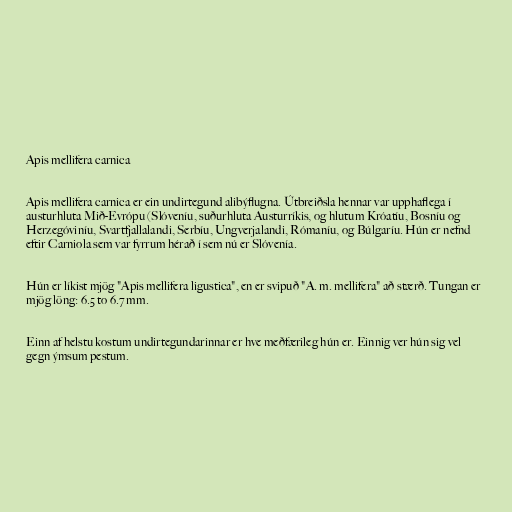
Apis mellifera carnica

Apis mellifera carnica er ein undirtegund alibýflugna. Útbreiðsla hennar var upphaflega í
austurhluta Mið-Evrópu (Slóveníu, suðurhluta Austurríkis, og hlutum Króatíu, Bosníu og
Herzegóviníu, Svartfjallalandi, Serbíu, Ungverjalandi, Rómaníu, og Búlgaríu. Hún er nefnd
eftir Carniola sem var fyrrum hérað í sem nú er Slóvenía.

Hún er líkist mjög "Apis mellifera ligustica", en er svipuð "A. m. mellifera" að stærð. Tungan er
mjög löng: 6.5 to 6.7 mm.

Einn af helstu kostum undirtegundarinnar er hve meðfærileg hún er. Einnig ver hún sig vel
gegn ýmsum pestum.